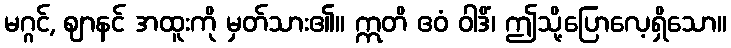
မဂ္ဂင်, ဈာနင် အထူးကို မှတ်သား၏။ ဣတိ ဧဝံ ဝါဒိံ၊ ဤသို့ပြောလေ့ရှိသော။